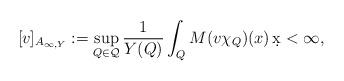
LaTeX: \begin{align*} [v]_{A_{\infty,Y}}:=\sup_{Q\in\mathcal{Q}}\frac{1}{Y(Q)}\int_Q M(v\chi_Q)(x)\,\d x<\infty, \end{align*}